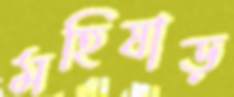
মহিষাড়